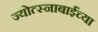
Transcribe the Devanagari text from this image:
ज्योत्स्नाबाईंच्या